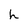
Character: h